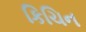
કિચિન